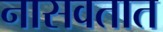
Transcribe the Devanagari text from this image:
नासवतात